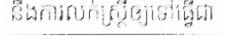
នឹងការលក់ស្ត្រីឲ្យទៅធ្វើជា